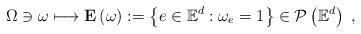
LaTeX: \begin{align*}\Omega\ni\omega\longmapsto\mathbf{E}\left( \omega\right) :=\left\{e\in\mathbb{E}^{d}:\omega_{e}=1\right\} \in\mathcal{P}\left( \mathbb{E}^{d}\right) \ ,\end{align*}